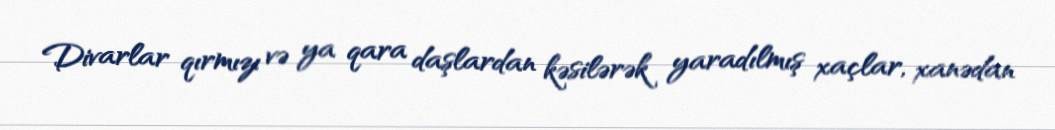
Divarlar qırmızı və ya qara daşlardan kəsilərək yaradılmış xaçlar, xanədan